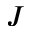
J